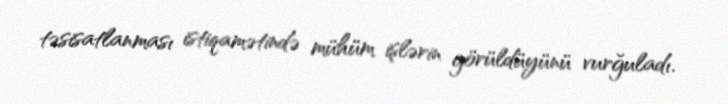
təsisatlanması istiqamətində mühüm işlərin görüldüyünü vurğuladı.